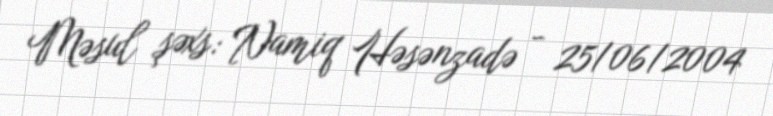
Məsul şəxs: Namiq Həsənzadə - 25/06/2004